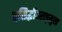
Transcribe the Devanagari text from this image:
प्रसिद्धीपराङ्‌मुख